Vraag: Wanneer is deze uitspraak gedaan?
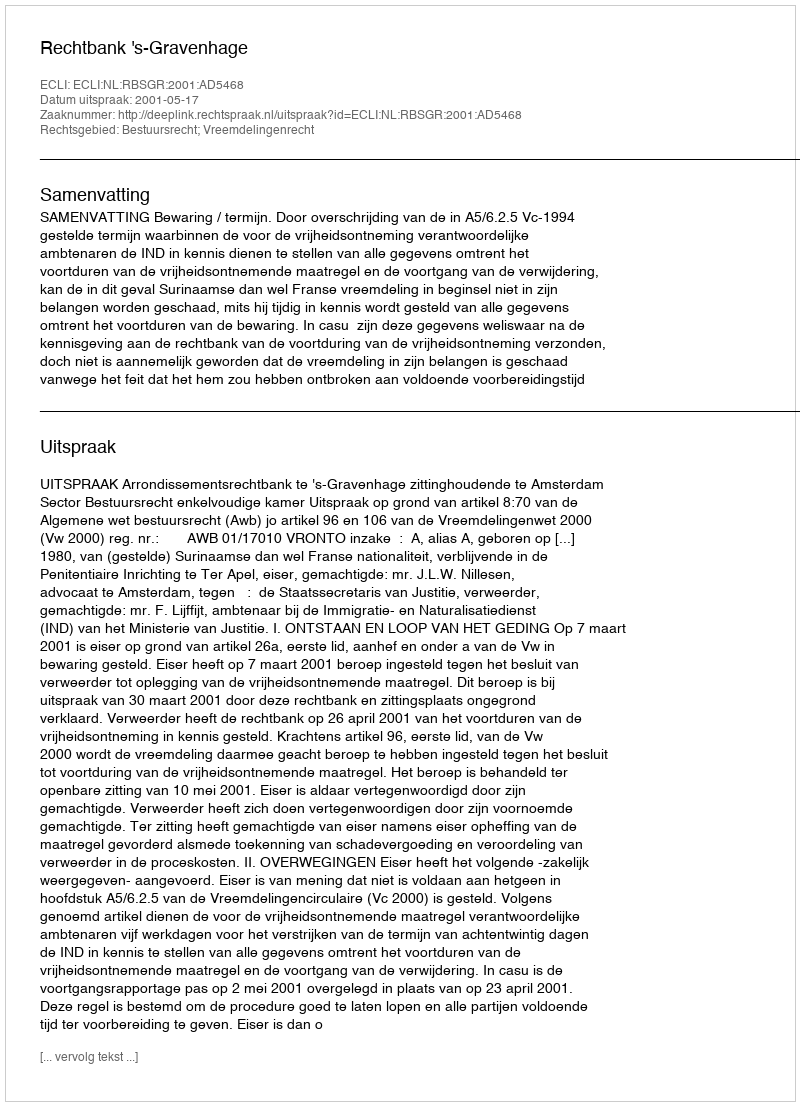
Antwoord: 2001-05-17